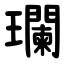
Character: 瓓